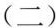
( 二 )